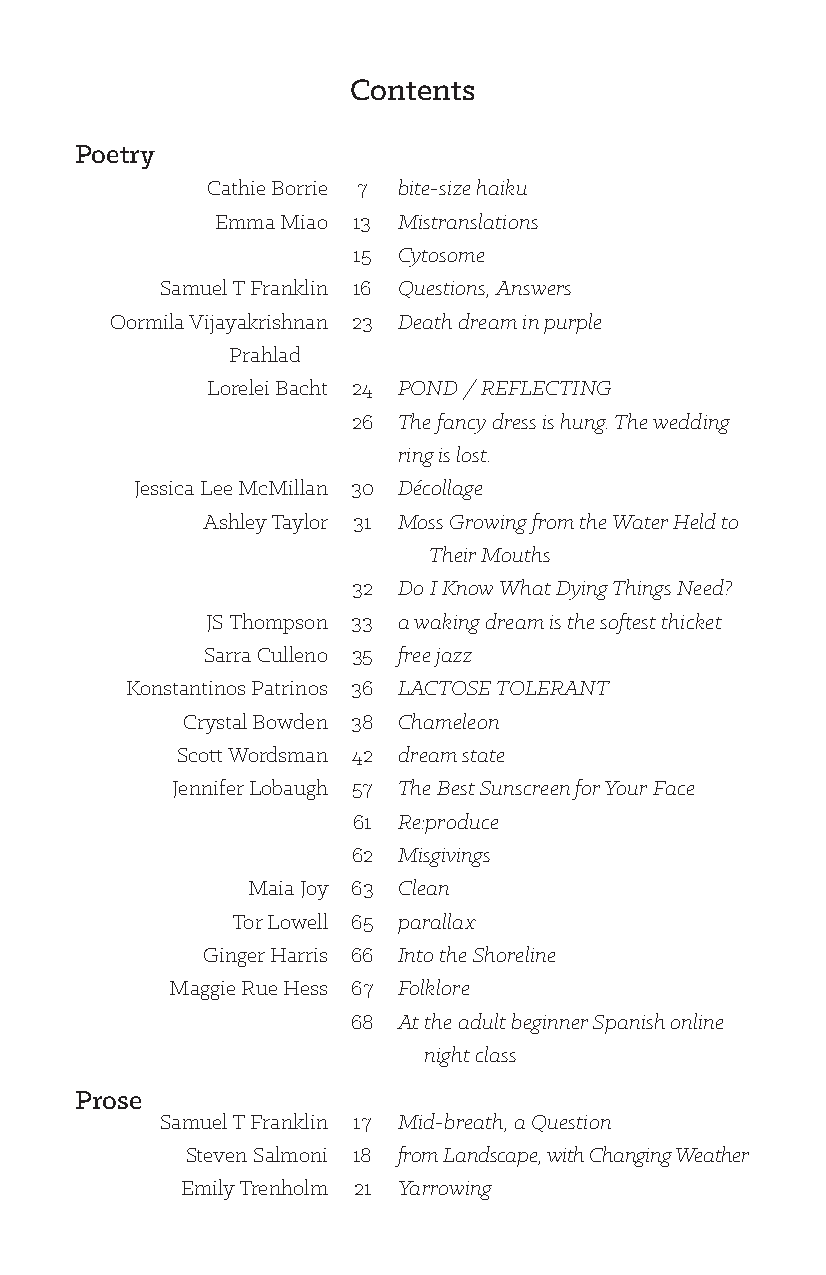
Contents
 Poetry
 Cathie Borrie 7 bite-size haiku
 Emma Miao 13 Mistranslations
 15 Cytosome
 Samuel T Franklin 16 Questions, Answers
 Oormila Vijayakrishnan 23 Death dream in purple
 Prahlad
 Lorelei Bacht 24 POND / REFLECTING
 26 The fancy dress is hung. The wedding
 ring is lost.
 Jessica Lee McMillan 30 Décollage
 Ashley Taylor 31 Moss Growing from the Water Held to
 Their Mouths
 32 Do I Know What Dying Things Need?
 JS Thompson 33 a waking dream is the softest thicket
 Sarra Culleno 35 free jazz
 Konstantinos Patrinos 36 LACTOSE TOLERANT
 Crystal Bowden 38 Chameleon
 Scott Wordsman 42 dream state
 Jennifer Lobaugh 57 The Best Sunscreen for Your Face
 61 Re:produce
 62 Misgivings
 Maia Joy 63 Clean
 Tor Lowell 65 parallax
 Ginger Harris 66 Into the Shoreline
 Maggie Rue Hess 67 Folklore
 68 At the adult beginner Spanish online
 night class
 Prose
 Samuel T Franklin 17 Mid-breath, a Question
 Steven Salmoni 18 from Landscape, with Changing Weather
 Emily Trenholm 21 Yarrowing